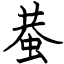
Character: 蛬